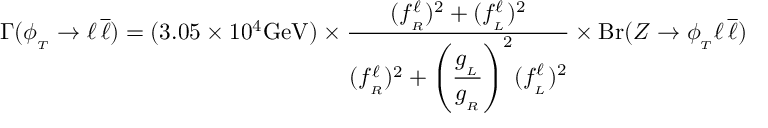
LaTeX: \Gamma ( \phi _ { _ T } \to \ell \, \overline { { { \ell } } } ) = ( 3 . 0 5 \times 1 0 ^ { 4 } { \mathrm { G e V } } ) \times { \frac { ( f _ { _ R } ^ { \ell } ) ^ { 2 } + ( f _ { _ L } ^ { \ell } ) ^ { 2 } } { ( f _ { _ R } ^ { \ell } ) ^ { 2 } + \displaystyle { \left( { \frac { g _ { _ L } } { g _ { _ R } } } \right) ^ { 2 } } ( f _ { _ L } ^ { \ell } ) ^ { 2 } } } \times \mathrm { B r } ( Z \to \phi _ { _ T } \ell \, \overline { { { \ell } } } )